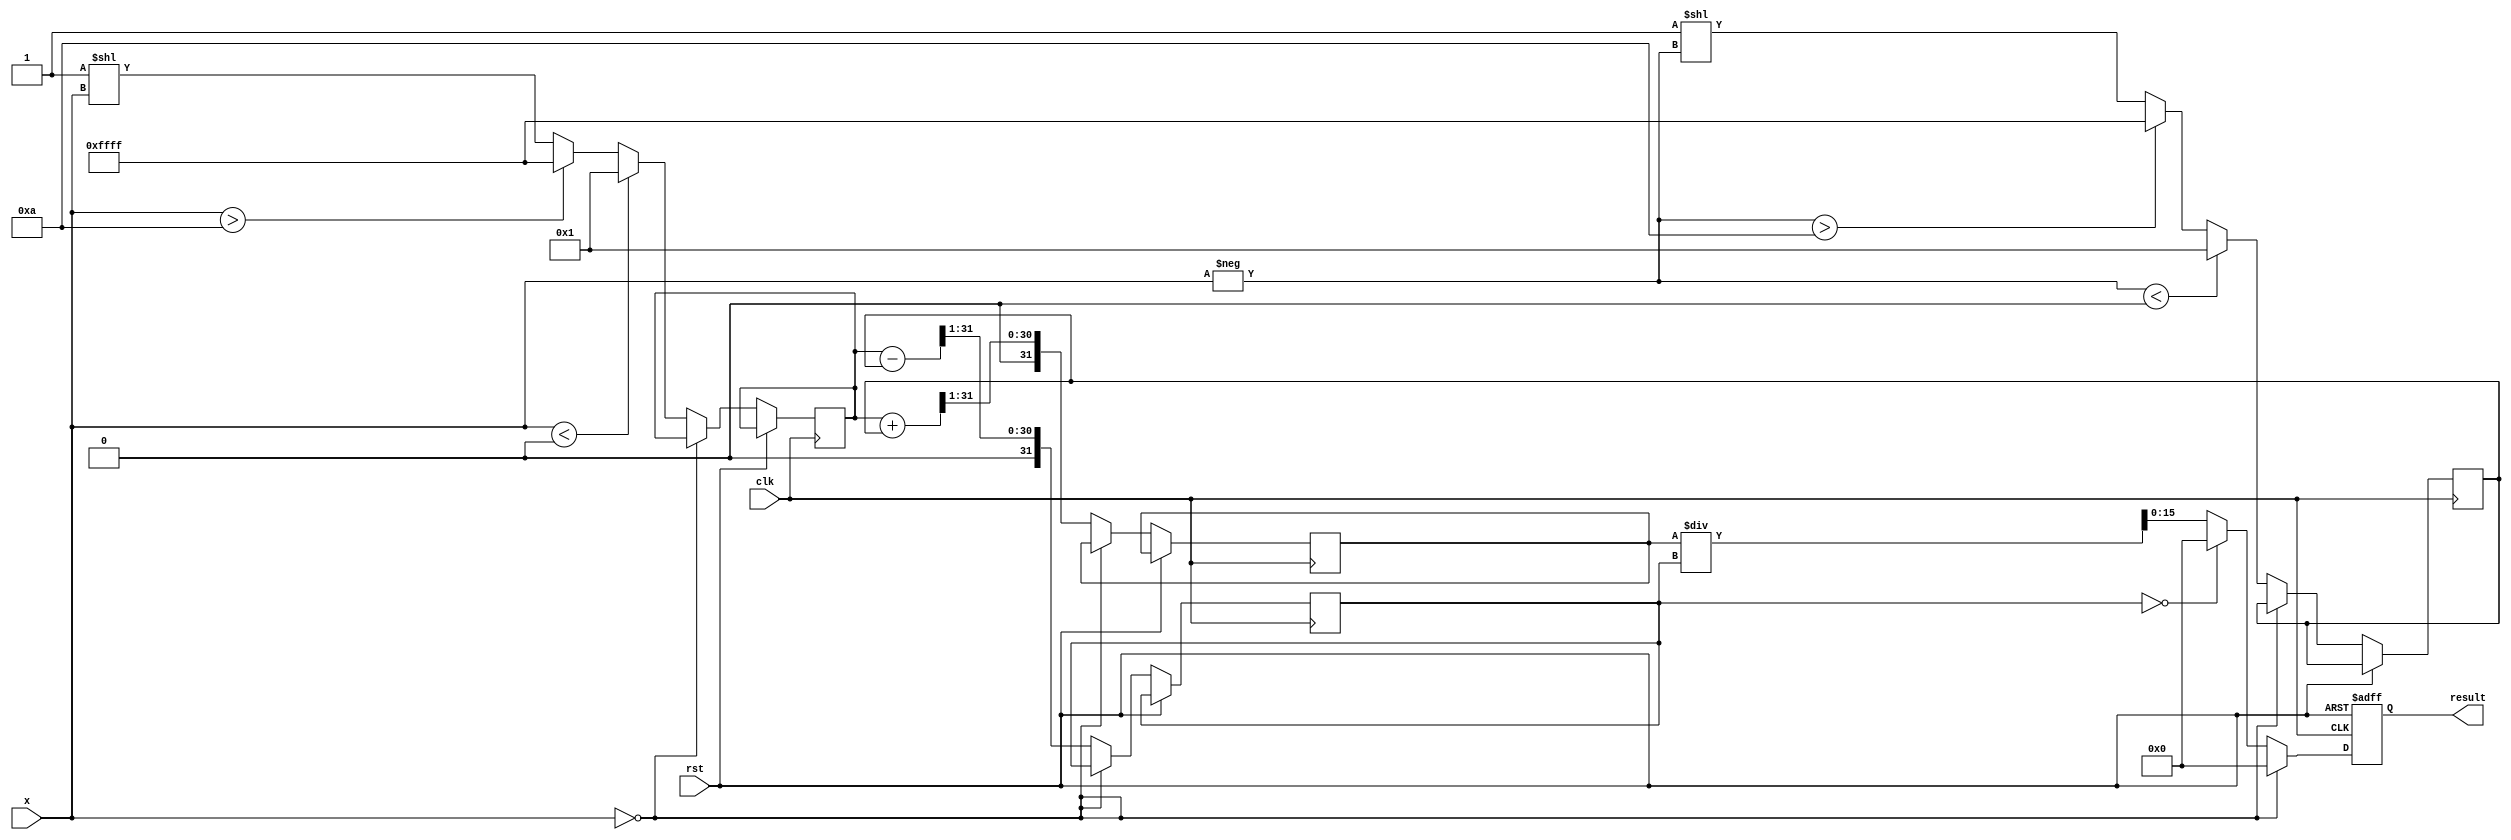
module coth (
    input wire clk,
    input wire rst,
    input wire [N-1:0] x, // N-bit input
    output reg [M-1:0] result // M-bit output
);

parameter N = 16; // Input width
parameter M = 16; // Output width
parameter MAX_VALUE = 10; // Example max input value
parameter MIN_VALUE = -10; // Example min input value

reg [2*N-1:0] exp_x;    // A storage for e^x
reg [2*N-1:0] exp_neg_x; // A storage for e^{-x}
reg [2*N-1:0] cosh_x;   // Cosh intermediate value
reg [2*N-1:0] sinh_x;   // Sinh intermediate value

// Function to calculate e^x (placeholder with LUT)
function [2*N-1:0] calc_exp(input [N-1:0] val);
    // For simplicity, let's just use a simple linear map or a small LUT
    // In a realistic implementation, you'd include a more complex approach
    if (val < 0)
        calc_exp = 1; // e^(-large) ~ 0
    else if (val > MAX_VALUE)
        calc_exp = 16'hFFFF; // Overflow
    else
        calc_exp = 16'h0001 << val; // Placeholder calculation
endfunction

// Main logic
always @(posedge clk or posedge rst) begin
    if (rst) begin
        result <= 0;
    end else begin
        // Handle special case of zero input
        if (x == 0) begin
            result <= 16'h0000; // Define undefined output for coth(0)
        end else begin
            exp_x <= calc_exp(x);
            exp_neg_x <= calc_exp(-x);
            // Cosh and Sinh calculations
            cosh_x <= (exp_x + exp_neg_x) >> 1;
            sinh_x <= (exp_x - exp_neg_x) >> 1;

            // Avoid division by zero
            if (sinh_x == 0) begin
                result <= 0; // define output as 0 in case of division by zero
            end else begin
                // Perform division coth(x) = cosh(x) / sinh(x)
                result <= cosh_x / sinh_x; // Implement fixed-point division as necessary
            end
        end
    end
end

endmodule